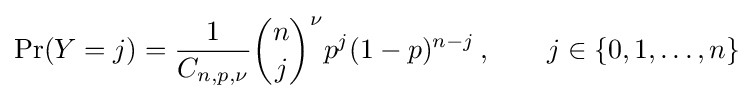
\Pr(Y=j)={\frac {1}{C_{n,p,\nu }}}{\binom {n}{j}}^{\nu }p^{j}(1-p)^{n-j}\,,\qquad j\in \{0,1,\ldots ,n\}